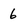
Character: 6